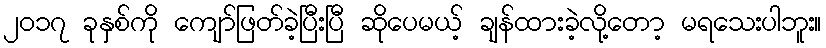
၂၀၁၇ ခုနှစ်ကို ကျော်ဖြတ်ခဲ့ပြီးပြီ ဆိုပေမယ့် ချန်ထားခဲ့လို့တော့ မရသေးပါဘူး။